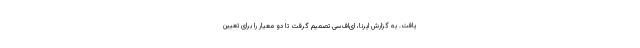
یافت. به گزارش ایرنا، ای‌اف‌سی تصمیم گرفت تا دو معیار را برای تعیین